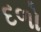
દળો